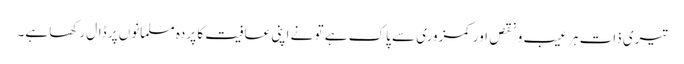
تیری ذات ہر عیب و نقص اور کمزوری سے پاک ہے تو نے اپنی عافیت کا پردہ مسلمانوں پر ڈال رکھا ہے۔